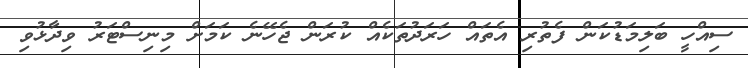
ސިއްހީ ބަލިމަޑުކަން ފެތުރި އެތައް ހަރަދުތަކެއް ކުރަން ޖެހޭނެ ކަމަށް މިނިސްޓަރު ވިދާޅުވި